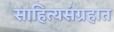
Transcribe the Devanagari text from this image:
साहित्यसंग्रहात